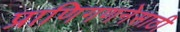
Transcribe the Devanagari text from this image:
प्राणिगणनेसाठी